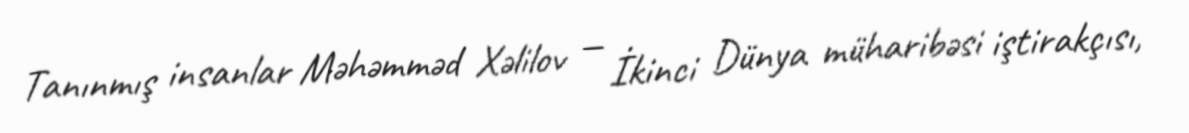
Tanınmış insanlar Məhəmməd Xəlilov — İkinci Dünya müharibəsi iştirakçısı,